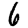
Digit: 6